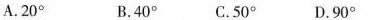
A.20° B.40°C.50° D.90°